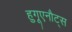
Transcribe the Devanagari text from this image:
हुगूएनौट्स